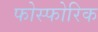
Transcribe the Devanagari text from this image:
फोस्फोरिक